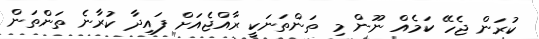
ކުރަން ޖެހޭ ކަމެއް ނޫން މި ތަންތަނަކީ ރާއްޖެއަށް ފައިދާ ކުރާނެ ތަންތަން